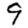
Digit: 9